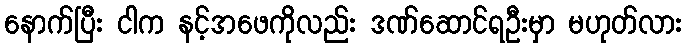
နောက်ပြီး ငါက နင့်အဖေကိုလည်း ဒဏ်ဆောင်ရဦးမှာ မဟုတ်လား